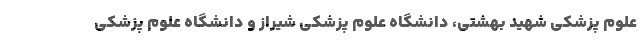
علوم پزشکی شهید بهشتی، دانشگاه علوم پزشکی شیراز و دانشگاه علوم پزشکی